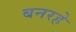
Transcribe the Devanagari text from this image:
बनरहे